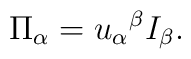
\Pi _{\alpha }=u_{\alpha }\hspace{0.1 mm}^{\beta }I_{\beta }.